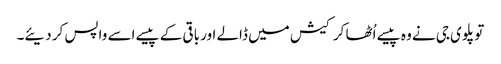
تو پلوی جی نے وہ پیسے اُٹھا کر کیش میں ڈالے اور باقی کے پیسے اسے واپس کر دیئے۔